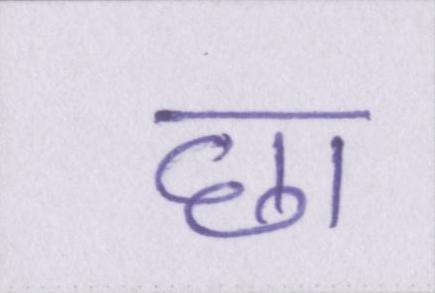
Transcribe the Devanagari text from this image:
छा